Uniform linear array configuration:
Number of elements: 64
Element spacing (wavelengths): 0.5
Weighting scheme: blackman
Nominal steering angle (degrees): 15
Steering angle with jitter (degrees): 13.875
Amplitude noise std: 0.05
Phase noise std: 0.05

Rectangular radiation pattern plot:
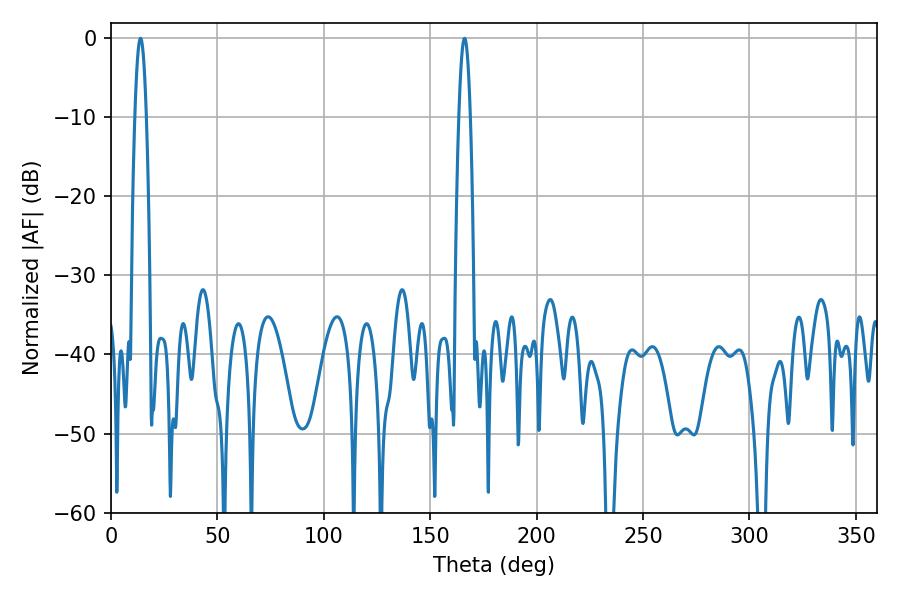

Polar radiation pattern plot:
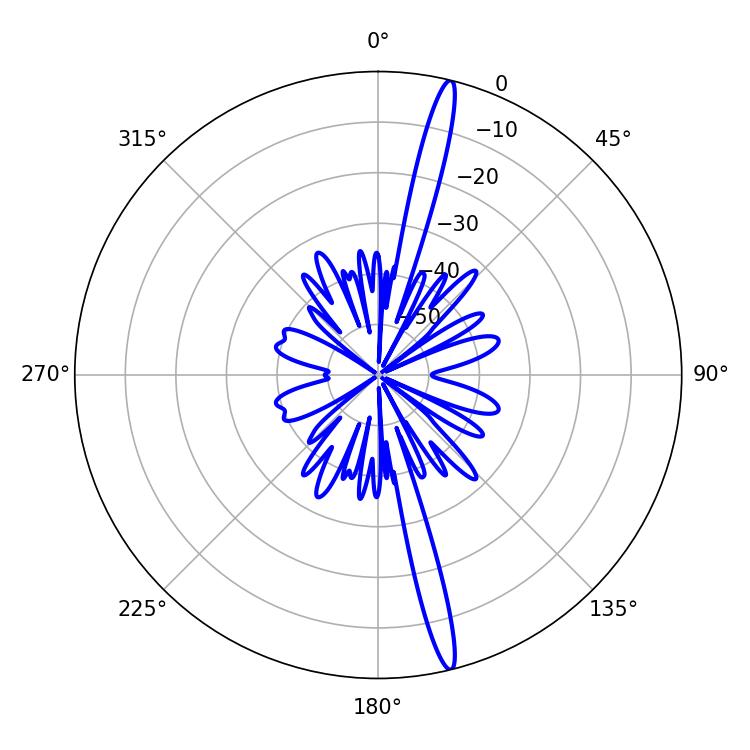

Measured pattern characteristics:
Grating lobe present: FALSE
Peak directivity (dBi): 18.678
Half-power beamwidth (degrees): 2.88
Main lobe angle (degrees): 13.86